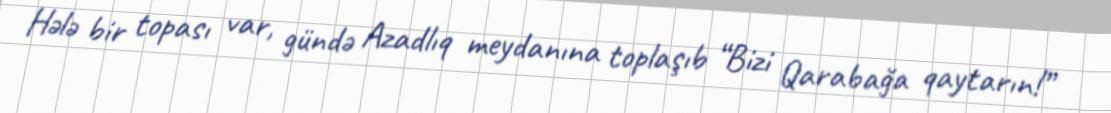
Hələ bir topası var, gündə Azadlıq meydanına toplaşıb “Bizi Qarabağa qaytarın!”